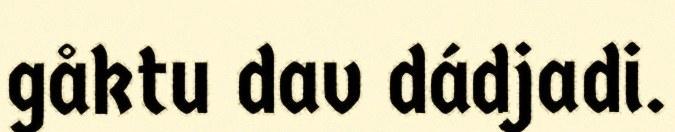
gåktu dav dádjadi.